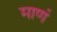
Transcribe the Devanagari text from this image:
माणं